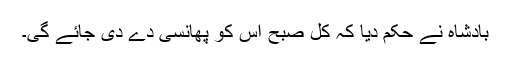
بادشاہ نے حکم دیا کہ کل صبح اس کو پھانسی دے دی جائے گی۔